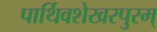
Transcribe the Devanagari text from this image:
पार्थिवशेखरपुरम्